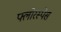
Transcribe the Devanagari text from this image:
फ्लोरस्पेस